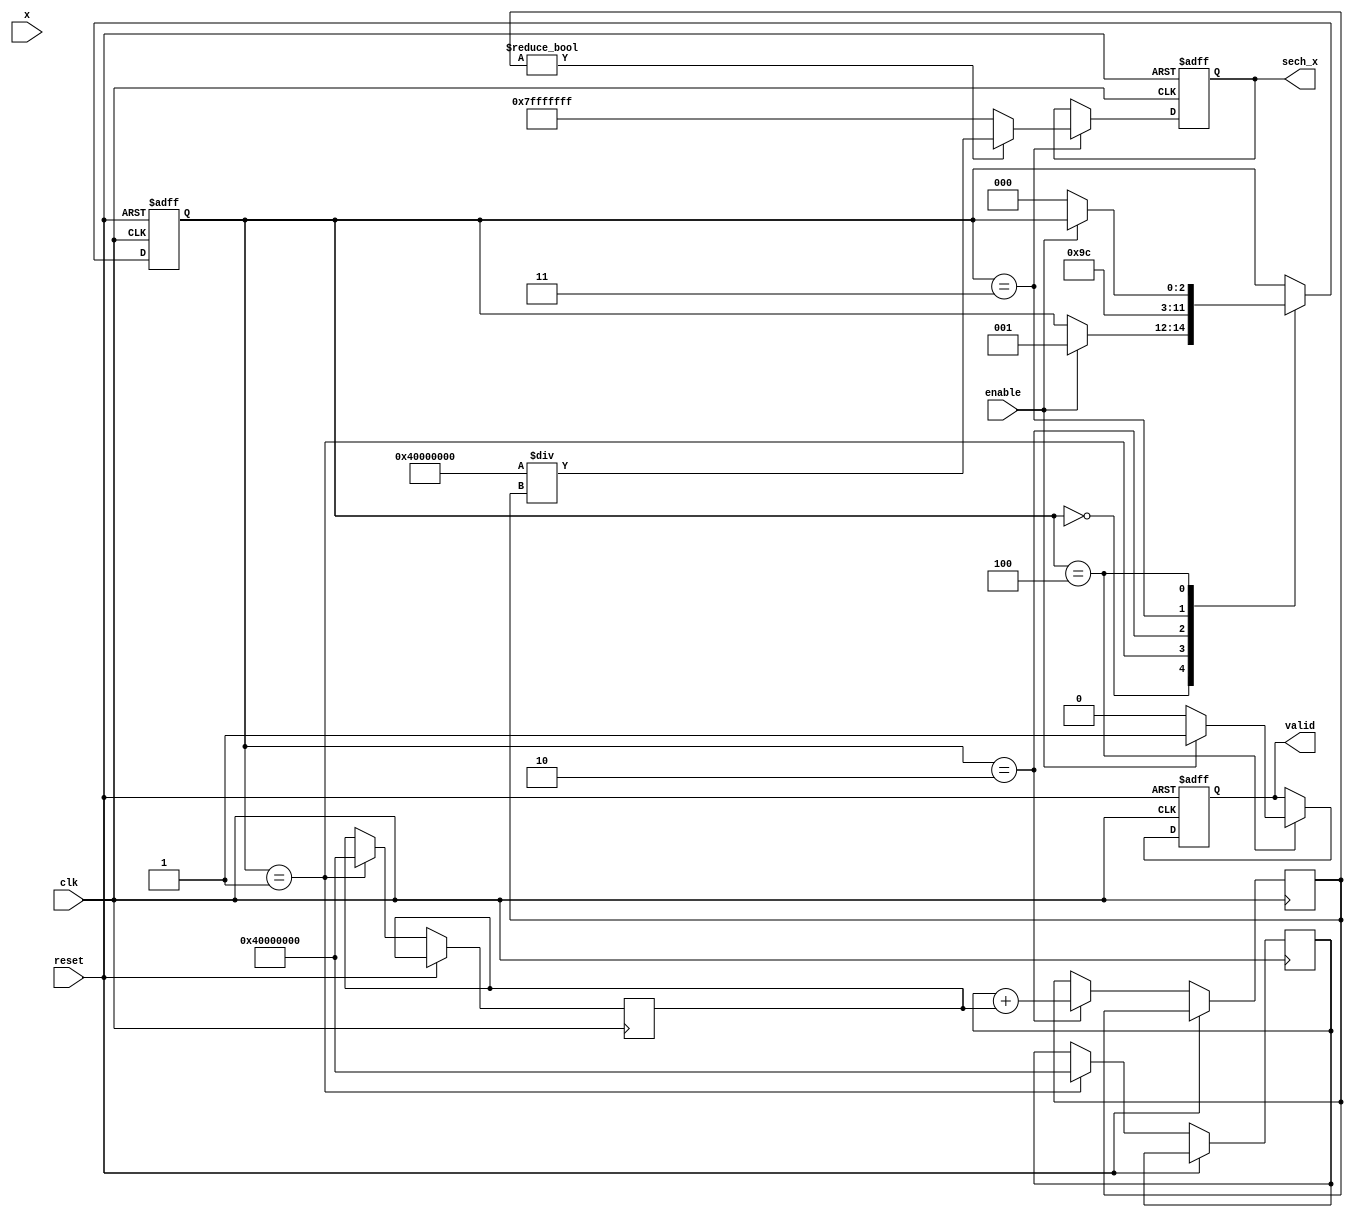
module hyperbolic_secant (
    input wire clk,
    input wire reset,
    input wire enable,
    input wire [31:0] x, // 32-bit floating-point input (IEEE 754)
    output reg [31:0] sech_x, // 32-bit floating-point output (IEEE 754)
    output reg valid // Output valid signal
);

    reg [31:0] exp_x, exp_neg_x, sum_exp; // Intermediate values
    reg [2:0] state; // State for FSM
    parameter IDLE = 3'b000, CALC_EXP = 3'b001, CALC_SUM = 3'b010, CALC_SECH = 3'b011, OUTPUT = 3'b100;

    // Simple exponential approximation (for demonstration purposes)
    function [31:0] exp_approx(input [31:0] x);
        // Implement a basic Taylor series or other approximation here.
        // This is just a placeholder for the real implementation.
        exp_approx = 32'h40000000; // Placeholder for e^x
    endfunction

    always @(posedge clk or posedge reset) begin
        if (reset) begin
            sech_x <= 32'b0;
            valid <= 1'b0;
            state <= IDLE;
        end else begin
            case (state)
                IDLE: begin
                    if (enable) begin
                        state <= CALC_EXP;
                    end
                end
                CALC_EXP: begin
                    exp_x <= exp_approx(x); // Compute e^x
                    exp_neg_x <= exp_approx(-x); // Compute e^(-x)
                    state <= CALC_SUM;
                end
                CALC_SUM: begin
                    sum_exp <= exp_x + exp_neg_x; // Compute e^x + e^(-x)
                    state <= CALC_SECH;
                end
                CALC_SECH: begin
                    if (sum_exp != 0) begin
                        sech_x <= (32'h40000000 / sum_exp); // Calculate sech(x) = 2 / (e^x + e^(-x))
                    end else begin
                        sech_x <= 32'h7FFFFFFF; // Handle division by zero (max float)
                    end
                    state <= OUTPUT;
                end
                OUTPUT: begin
                    valid <= 1'b1; // Indicate output is valid
                    if (!enable) begin
                        valid <= 1'b0; // Reset valid signal if not enabled
                        state <= IDLE; // Go back to IDLE state
                    end
                end
            endcase
        end
    end
endmodule